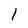
Character: 1